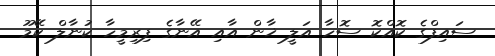
ސައިފްގެ ކޮއްކޮ ސޮހާ އަލީ ޚާން އާއި އޭނާގެ ފިރިމީހާ ކުނާލް ކޭމޫ